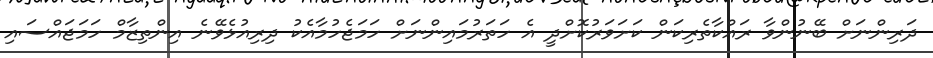
ދަރިންނަށް ބޭނުންވާ ރައްކާތެރިކަން ކަށަވަރުކޮށްދީ އެ ހަތަރުމައިންނަށް ހަމަޖެހުމާއެކު ދިރިއުޅެވޭނެ އިންތިޒާމް ހަމަޖައްސައި